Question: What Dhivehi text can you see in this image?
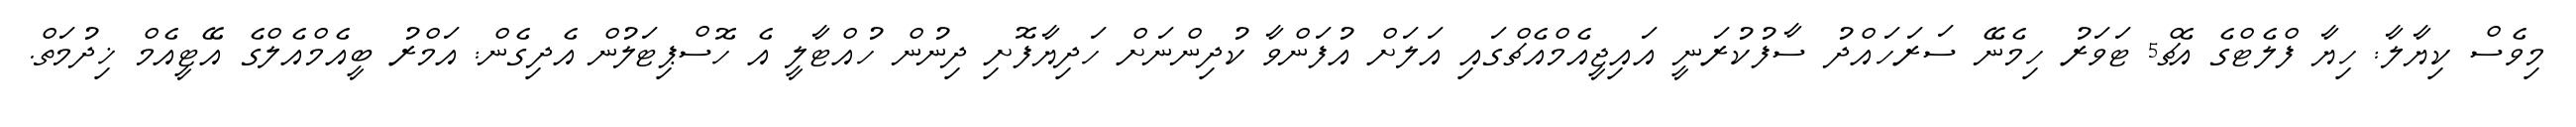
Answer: މިވެސް ކިޔާލާ: ހިޔާ ފްލެޓްގެ އެޗް5 ޓަވަރު ހިމެނޭ ސަރަހައްދު ސާފުކުރަނީ އައިޖީއެމްއެޗްގައި އަލަށް އުފަންވާ ކުދިންނަށް ހަދިޔާފޮށި ދިނުން ހުއްޓާލީ އެ ހޮސްޕިޓަލުން އެދިގެން: އަމްރު ބީއެމްއެލްގެ އޭޓީއެމް ޚިދުމަތް.